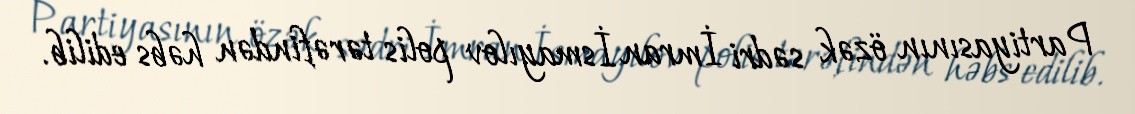
Partiyasının özək sədri İmran İsmayılov polis tərəfindən həbs edilib.